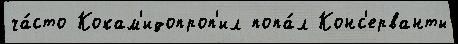
ча́сто Кокам'идопроп'ил попа́л Конс'ерванты